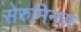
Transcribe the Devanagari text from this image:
सेरुमिनस